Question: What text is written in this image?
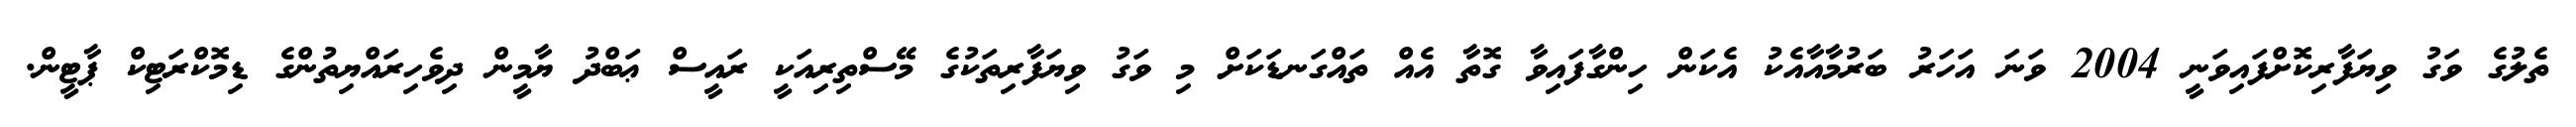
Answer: ތެލުގެ ވަގު ވިޔަފާރިކޮށްފައިވަނީ 2004 ވަނަ އަހަރު ބަރުމާއާއެކު އެކަން ހިންގާފައިވާ ގޮތާ އެއް ތައްގަނޑަކަށް މި ވަގު ވިޔަފާރިތަކުގެ މޭސްތިރިއަކީ ރައީސް ޢަބްދު ޔާމީން ދިވެހިރައްޔިތުންގެ ޑިމޮކްރަޓިކް ޕާޓީން.